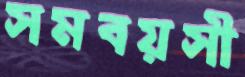
সমবয়সী